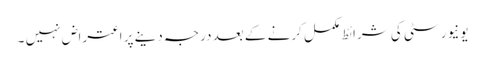
یونیورسٹی کی شرائط مکمل کرنے کے بعد درجہ دینے پر اعتراض نہیں ۔